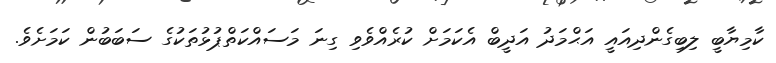
ކާމިޔާބީ ލިބިގެންދިއައީ އަޙްމަދު އަދީބް އެކަމަށް ކުރެއްވެވި ގިނަ މަސައްކަތްޕުޅުތަކުގެ ސަބަބުން ކަމަށެވެ.